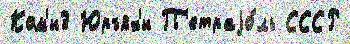
Ком'и3 Юръях'и П'етраjо́ль СССР